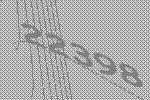
22398